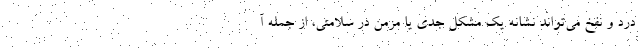
درد و نفخ می‌تواند نشانه یک مشکل جدی یا مزمن در سلامتی، از جمله آ